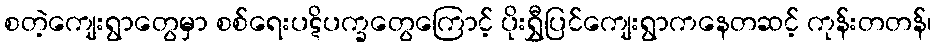
စတဲ့ကျေးရွာတွေမှာ စစ်ရေးပဋိပက္ခတွေကြောင့် ပိုးရွှီပြင်ကျေးရွာကနေတဆင့် ကုန်းတတန်၊